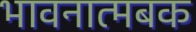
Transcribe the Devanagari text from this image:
भावनात्मबक